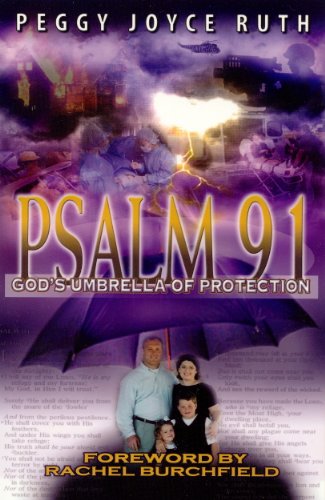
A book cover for Psalm 91: God's Umbrella of Protection; Peggy Joyce Ruth; Christian Books & Bibles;